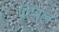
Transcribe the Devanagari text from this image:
पोंगाल